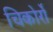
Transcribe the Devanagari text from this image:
चिकोर्रो